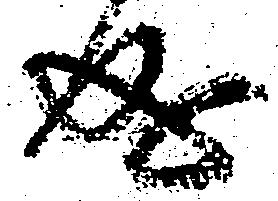
成